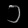
Digit: ၁